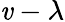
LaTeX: \mathit{v}-\lambda